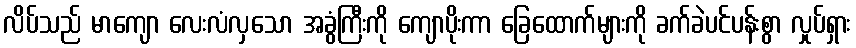
လိပ်သည် မာကျော လေးလံလှသော အခွံကြီးကို ကျောပိုးကာ ခြေထောက်များကို ခက်ခဲပင်ပန်းစွာ လှုပ်ရှား